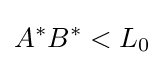
A^{\ast }B^{\ast }<L_{0}